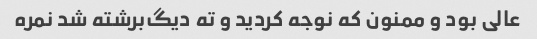
عالی بود و ممنون که نوجه کردید و ته دیگ‌برشته شد نمره